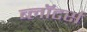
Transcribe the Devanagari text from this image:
ब्लॉटर्स